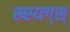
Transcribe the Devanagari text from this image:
ख्स्य्त्ग्स्